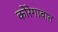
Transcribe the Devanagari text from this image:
कोरेगावात